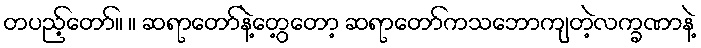
တပည့်တော်။ ။ ဆရာတော်နဲ့တွေ့တော့ ဆရာတော်ကသဘောကျတဲ့လက္ခဏာနဲ့